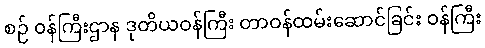
စဉ် ဝန်ကြီးဌာန ဒုတိယဝန်ကြီး တာဝန်ထမ်းဆောင်ခြင်း ဝန်ကြီး